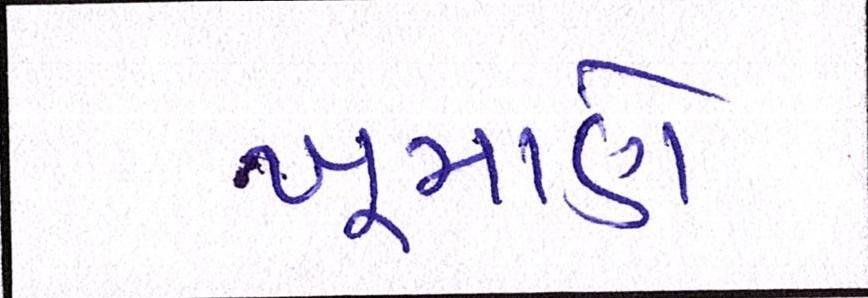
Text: ખૂમાણે